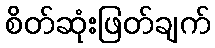
စိတ်ဆုံးဖြတ်ချက်